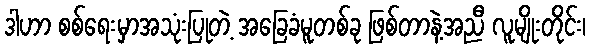
ဒါဟာ စစ်ရေးမှာအသုံးပြုတဲ့ အခြေခံမူတစ်ခု ဖြစ်တာနဲ့အညီ လူမျိုးတိုင်း၊